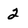
Character: 2